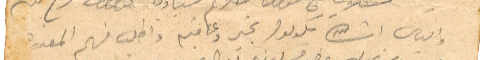
والباب انشالله يكونوا بخير وعافيه واطلب منهم المعذرة